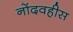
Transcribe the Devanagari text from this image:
नोंदवहीस